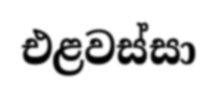
එළවස්සා